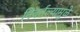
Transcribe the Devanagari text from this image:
निवर्तल्यामुळे